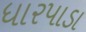
ધારપાડા